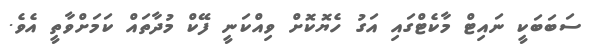
ސަބަބަކީ ނައިޓް މާކެޓްގައި އަގު ހެޔޮކޮށް ވިއްކަނީ ފޭކް މުދާތައް ކަމަށްވާތީ އެވެ.